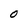
Character: 0